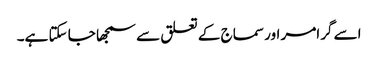
اسے گرامر اور سماج کے تعلق سے سمجھا جا سکتا ہے۔